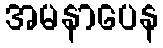
အမနာပေန